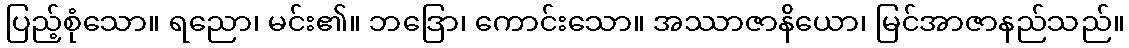
ပြည့်စုံသော။ ရညော၊ မင်း၏။ ဘဒြော၊ ကောင်းသော။ အဿာဇာနိယော၊ မြင်အာဇာနည်သည်။